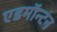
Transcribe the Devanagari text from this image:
एडमाॅन्टन